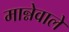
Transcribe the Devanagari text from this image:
मान्नेवाले